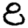
Digit: 8